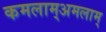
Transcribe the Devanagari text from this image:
कमलाम्अमलाम्